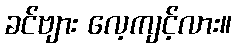
ခင်ဗျား လေ့ကျင့်လား။